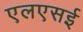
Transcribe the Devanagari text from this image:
एलएसई